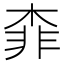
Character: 𣔉